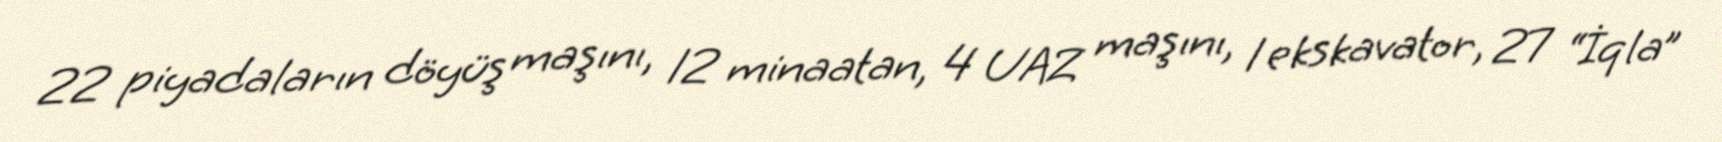
22 piyadaların döyüş maşını, 12 minaatan, 4 UAZ maşını, 1 ekskavator, 27 “İqla”